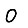
Digit: 0